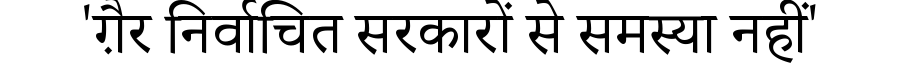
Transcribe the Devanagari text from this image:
'ग़ैर निर्वाचित सरकारों से समस्या नहीं'